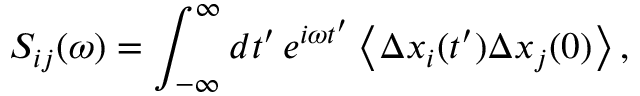
S _ { i j } ( \omega ) = \int _ { \mathbb { - \infty } } ^ { \infty } d t ^ { \prime } \, e ^ { i \omega t ^ { \prime } } \left\langle \Delta x _ { i } ( t ^ { \prime } ) \Delta x _ { j } ( 0 ) \right\rangle ,